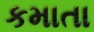
કમાતા